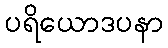
ပရိယောဒပနာ